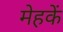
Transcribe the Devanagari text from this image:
मेहकें